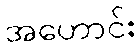
အဟောင်း